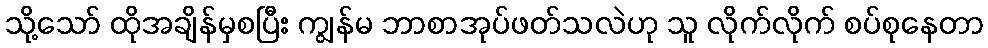
သို့သော် ထိုအချိန်မှစပြီး ကျွန်မ ဘာစာအုပ်ဖတ်သလဲဟု သူ လိုက်လိုက် စပ်စုနေတာ